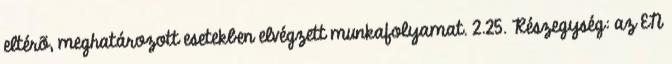
eltérõ, meghatározott esetekben elvégzett munkafolyamat. 2.25. Részegység: az EN